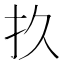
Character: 𫼖